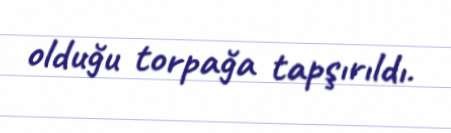
olduğu torpağa tapşırıldı.